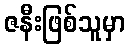
ဇနီးဖြစ်သူမှာ